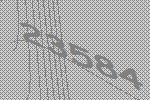
23584